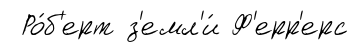
Ро́б'ерт з'емл'и́ Ф'ерр'ерс